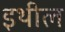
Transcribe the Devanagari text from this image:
इथील